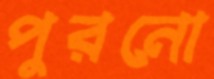
পুরনো